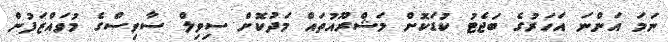
ނަމަ އަންނަ އަހަރުގެ ބަޖެޓު ކުޑަކޮށް މަޝްރޫއުތައް މަދުކޮށް ސިވިލް ސާވިސްގެ މުވައްޒަފުން